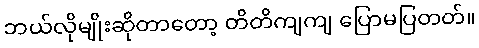
ဘယ်လိုမျိုးဆိုတာတော့ တိတိကျကျ ပြောမပြတတ်။